Reports on dispensaries and lunatic asylums in the Province of Oudh - 1869-1876
Year: 1869
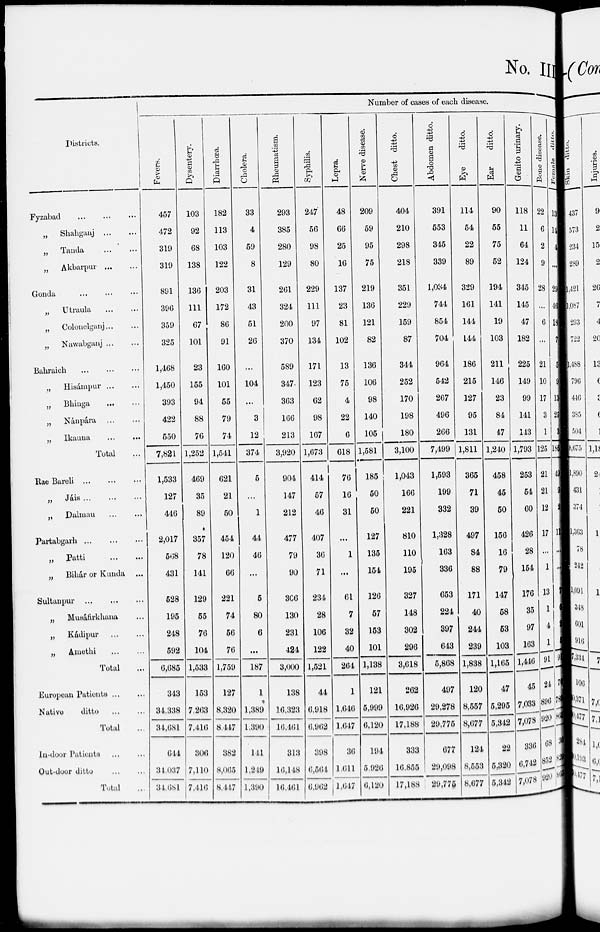
No. III
Districts.
Fyzabad ... ... ...
„
Shahganj
...
...
„
Tanda
...
...
„
Akbarpur
...
...
Gonda
...
...
...
„
Utraula
...
...
„
Colonelganj ... ...
„
Nawabganj ... ...
Bahraich ... ...
„
Hisámpur
...
...
„
Bhinga
...
...
„
Nánpára
...
...
„
Ikauna
...
...
Total ...
Rae Bareli
...
...
...
„
Jáis
...
...
...
„
Dalmau
...
...
Partabgarh
...
...
...
„ Patti
...
...
„
Bihár or Kunda ...
Sultanpur
...
...
...
„
Musáfirkhana ...
„
Kádipur
...
...
„
Amethi
...
...
Total ...
European Patients ... ...
Native
ditto ... ...
Total ...
In-door Patients ... ...
Out-door ditto ... ...
Total ...
Number of cases of each disease.
Fevers.
457
472
319
319
891
396
359
325
1,468
1,450
393
422
550
7,821
1,533
127
446
2,017
568
431
528
195
248
592
6,685
343
34.338
34,681
644
34,037
34.681
Dysentery.
103
92
68
138
136
111
67
101
23
155
94
88
76
1,252
469
35
89
357
78
141
129
55
76
104
1,533
153
7,263
7,416
306
7,110
7,416
Diarrhœa.
182
113
103
122
203
172
86
91
160
101
55
79
74
1,541
621
21
50
454
120
66
221
74
56
76
1,759
127
8,320
8.447
382
8,065
8,447
Cholera.
33
4
59
8
31
43
51
26
...
104
...
3
12
374
5
...
1
44
46
...
5
80
6
...
187
1
1,389
1,390
141
1,249
1,390
Rheumatism.
293
385
280
129
261
324
200
370
589
347
363
166
213
3,920
904
147
212
477
79
90
306
130
231
424
3,000
138
16,323
16,461
313
16,148
16,461
Syphilis.
247
56
98
80
229
111
97
134
171
123
62
98
167
1,673
414
57
46
407
36
71
234
28
106
122
1,521
44
6,918
6,962
398
6,564
6,962
Lepra.
48
66
25
16
137
23
81
102
13
75
4
22
6
618
76
16
31
...
1
...
61
7
32
40
264
1
1,646
1,647
36
1.611
1,647
Nerve disease.
209
59
95
75
219
136
121
82
136
106
98
140
105
1,581
185
50
50
127
135
154
126
57
153
101
1,138
121
5,999
6,120
194
5,926
6,120
Chest ditto.
404
210
298
218
351
229
159
87
344
252
170
198
180
3,100
1,043
166
221
810
110
195
327
148
302
296
3,618
262
16,926
17,188
333
16,855
17,188
Abdomen ditto.
391
553
345
339
1,034
744
854
704
964
542
267
496
266
7,499
1,593
199
332
1,328
163
336
653
224
397
643
5,868
497
29,278
29,775
677
29,098
29,775
Eye
ditto.
114
54
22
89
329
161
144
144
186
215
127
95
131
1,811
365
71
39
497
84
88
171
40
244
239
1,838
120
8,557
8,677
124
8,553
8,677
Ear
ditto.
90
55
75
52
194
141
19
103
211
146
23
84
47
1,240
458
45
50
156
16
79
147
58
53
103
1,165
47
5,295
5,342
22
5,320
5,342
Genito urinary.
118
11
64
124
345
145
47
182
225
149
99
141
143
1,793
253
54
60
426
28
154
176
35
97
163
1,446
45
7,033
7,078
336
6,742
7,078
Bone disease.
22
6
2
9
28
...
6
...
21
10
17
3
1
125
21
21
12
17
...
1
13
1
4
1
91
24
896
920
68
852
920
Female
ditto.
13
14
4
...
29
46
18
7
5
9
13
25
3
186
49
9
2
11
...
...
7
6
2
5
91
76
789
865
36
829
865